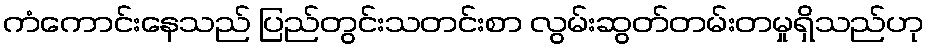
ကံကောင်းနေသည် ပြည်တွင်းသတင်းစာ လွမ်းဆွတ်တမ်းတမှုရှိသည်ဟု